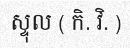
ស្ទុល ( កិ. វិ. )